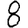
Digit: 8